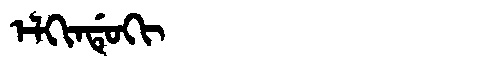
Manchu: ᡝᠯᡴᡳᠨᡩᡠᡴᡳ
Romanization: ELKINDUKI